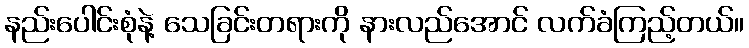
နည်းပေါင်းစုံနဲ့ သေခြင်းတရားကို နားလည်အောင် လက်ခံကြည့်တယ်။